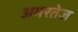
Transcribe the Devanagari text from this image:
अमरतेज